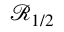
{ \ensuremath { \mathcal R } } _ { 1 / 2 }